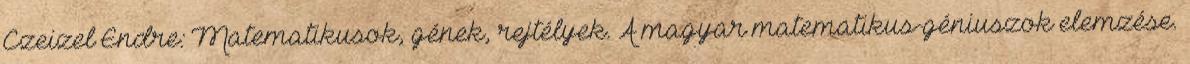
Czeizel Endre: Matematikusok, gének, rejtélyek. A magyar matematikus-géniuszok elemzése.